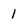
Character: 1